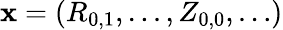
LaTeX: \mathbf{x}=(R_{0,1},\ldots,Z_{0,0},\ldots)